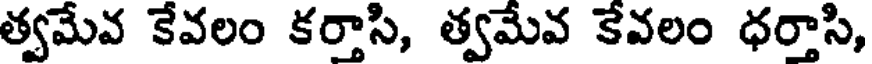
త్వమేవ కేవలం కర్తాసి, త్వమేవ కేవలం ధర్తాసి,